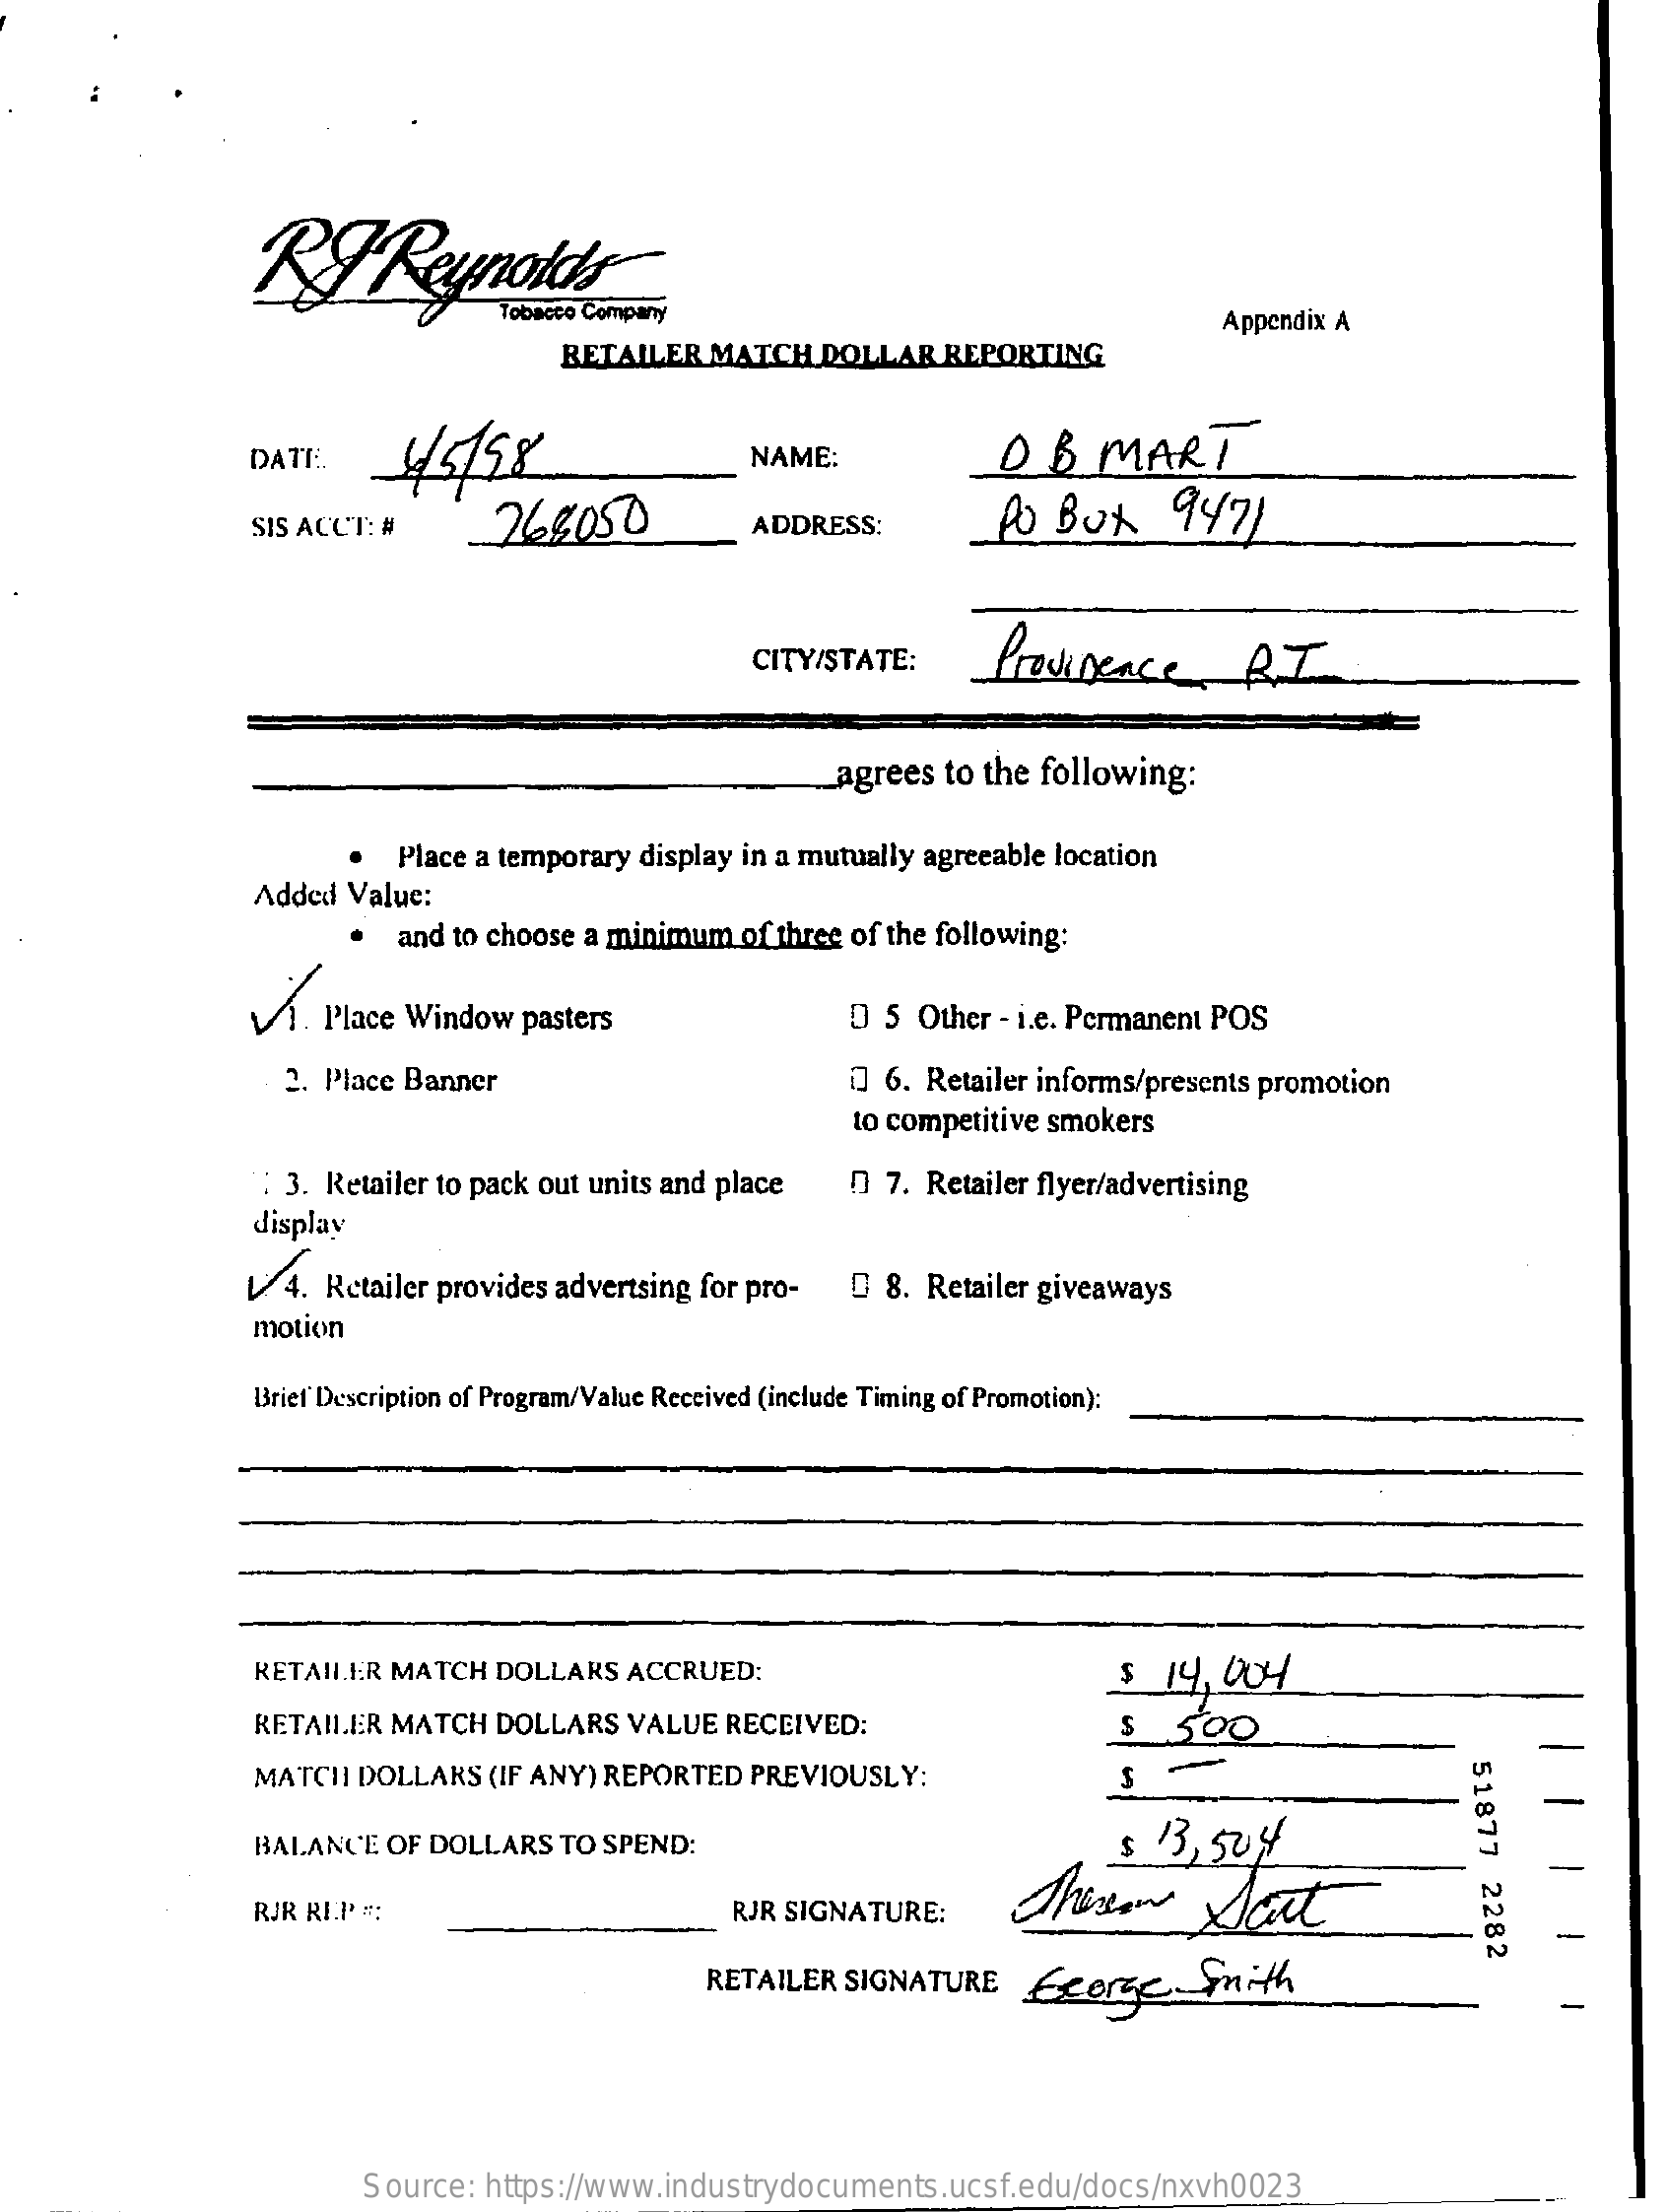
RHReynolds
     Tobacco Company
     RETAILER   MATCH    DOLLAR   REPORTING
     Appendix A
     DATE.    45/58    NAME:    OB    MART
     SIS ACCT: #    -265050    ADDRESS:    PO  BOX    947    )
     CITY/STATE:    Providence    RI
     agrees  to the following:
     .  Place  a temporary display  in a mutually agreeable location
     Added  Value:
     and to choose a minimum    of three of the following:
     1. Place Window    pasters    0  5 Other - i.e. Permanent POS
     2. Place Banner    0  6. Retailer informs/presents promotion
     to competitive smokers
     : 3. Retailer to pack out units and place    0  7. Retailer flyer/advertising
     display
     1/4.  Retailer provides advertsing for pro-    Q 8.  Retailer giveaways
     motion
     Brief Description of Program/Value Received (include Timing of Promotion):
     RETAILER  MATCH   DOLLARS    ACCRUED:    $  14,  004
     RETAILER  MATCH   DOLLARS    VALUE  RECEIVED:    $   500
     MATCH   DOLLARS   (IF ANY) REPORTED   PREVIOUSLY:    $  -
     51877
     2282
     BALANCE   OF DOLLARS    TO SPEND:    $ 13,  504
     Thereon    Sont
     -
     RJR REP #:    RJR SIGNATURE:
     -
     RETAILER  SIGNATURE    Ecorse    Snit
     -
     Source:  https://www.industrydocuments.ucsf.edu/docs/nxvh0023